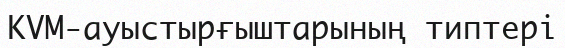
KVM-ауыстырғыштарының типтері